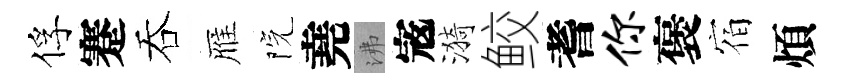
俘蹇吞雁院堯沸𡨥漪鲛耆你褒宿煩